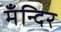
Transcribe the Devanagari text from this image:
मँन्दिर